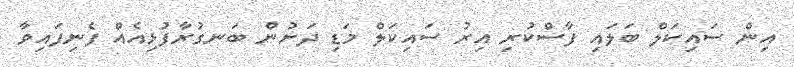
އިން ސައިކަލް ބަލައި ފާސްކުރި އިރު ސައިކަލް މަޑި ދަށުން ބަނގުރާފުޅިއެއް ފެނިފައިވާ